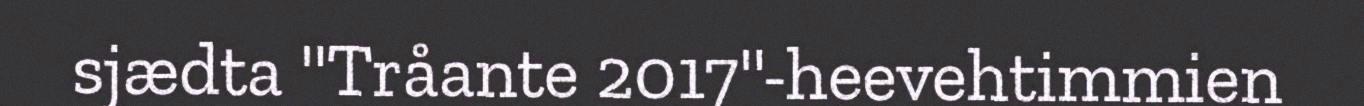
sjædta "Tråante 2017"-heevehtimmien